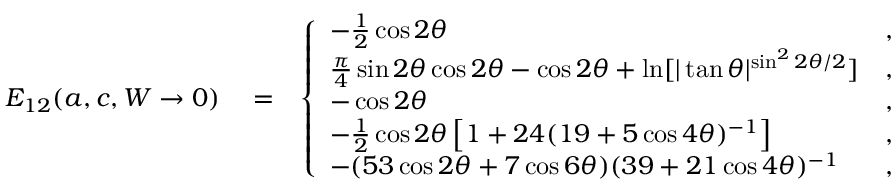
\begin{array} { r l r } { E _ { 1 2 } ( a , c , W \rightarrow 0 ) } & { { } = } & { \left\{ \begin{array} { l c l } { - \frac { 1 } { 2 } \cos 2 \theta } & { , } & { d = 0 } \\ { \frac { \pi } { 4 } \sin 2 \theta \cos 2 \theta - \cos 2 \theta + \ln [ | \tan \theta | ^ { \sin ^ { 2 } 2 \theta / 2 } ] } & { , } & { d = 2 } \\ { - \cos 2 \theta } & { , } & { d = 4 } \\ { - \frac { 1 } { 2 } \cos 2 \theta \left[ 1 + 2 4 ( 1 9 + 5 \cos 4 \theta ) ^ { - 1 } \right] } & { , } & { d = 6 } \\ { - ( 5 3 \cos 2 \theta + 7 \cos 6 \theta ) ( 3 9 + 2 1 \cos 4 \theta ) ^ { - 1 } } & { , } & { d = 8 } \end{array} \right. , } \end{array}